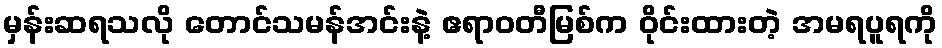
မှန်းဆရသလို တောင်သမန်အင်းနဲ့ ဧရာဝတီမြစ်က ဝိုင်းထားတဲ့ အမရပူရကို